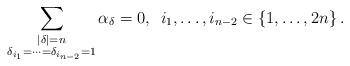
LaTeX: \begin{align*}\sum_{\substack{\left|\delta\right|=n\\\delta_{i_{1}}=\dots=\delta_{i_{n-2}}=1}}\alpha_{\delta}=0,\,\,\,i_{1},\dots,i_{n-2}\in\left\{ 1,\dots,2n\right\} .\end{align*}